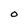
Character: O